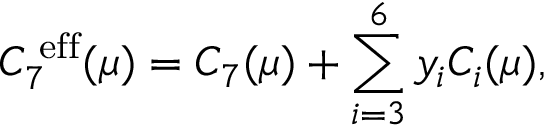
C _ { 7 } ^ { \mathrm { \scriptsize ~ e f f } } ( \mu ) = C _ { 7 } ( \mu ) + \sum _ { i = 3 } ^ { 6 } y _ { i } C _ { i } ( \mu ) ,